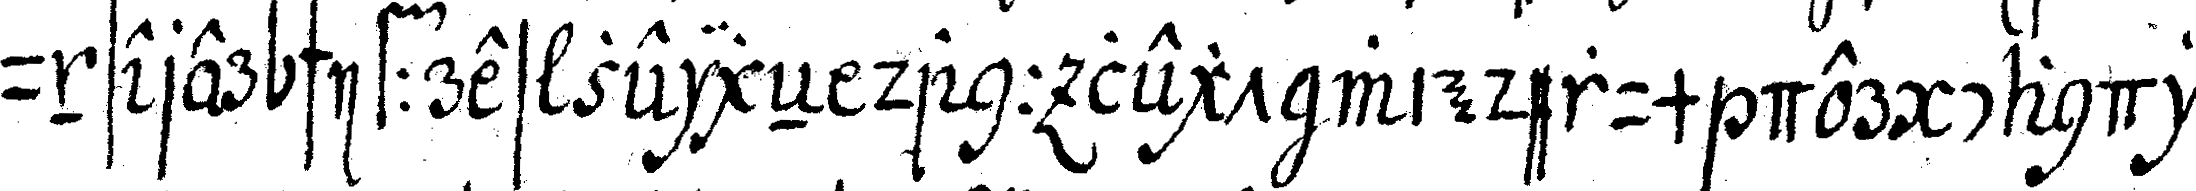
unserer schiffres zeigeN dann legt wiederum der candi